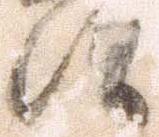
治